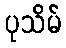
ပုသိမ်